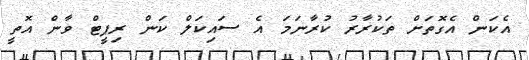
އެކަން އެގޮތަށް ތަކުރާރު ކުރާނަމަ އެ ސައިކަލް ކަން ރިޕީޓް ވާން އޮތީ